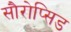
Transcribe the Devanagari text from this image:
सौरोप्सिड